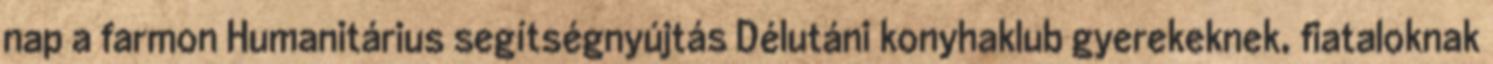
nap a farmon Humanitárius segítségnyújtás Délutáni konyhaklub gyerekeknek, fiataloknak